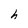
Character: h